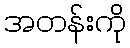
အတန်းကို